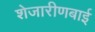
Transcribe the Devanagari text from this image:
शेजारीणबाई